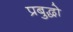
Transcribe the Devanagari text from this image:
प्रबुद्धो